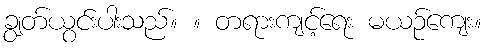
ချွတ်ယွင်းပါးသည်။ ။ တရားကျင့်ရေး မယဉ်ကျေး။